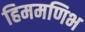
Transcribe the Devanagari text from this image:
हिममणिभ